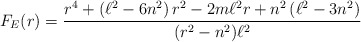
\begin{align*}F_{E}(r)=\frac{r^{4}+\left( \ell ^{2}-6n^{2}\right) r^{2}-2m\ell^{2}r+n^{2}\left( \ell ^{2}-3n^{2}\right) }{(r^{2}-n^{2})\ell ^{2}}\end{align*}